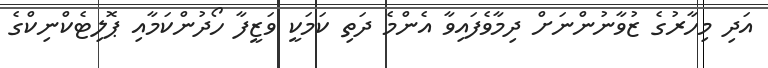
އަދި މިހާރުގެ ޒުވާނުންނަށް ދިމާވެފައިވާ އެންމެ ދަތި ކަމަކީ ވަޒީފާ ހޯދުންކަމާއި ޕޮލިޓެކްނިކްގެ